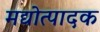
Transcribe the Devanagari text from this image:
मद्योत्पादक